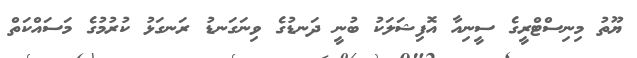
ޔޫތު މިނިސްޓްރީގެ ސީނިއާ އޮފިޝަލަކު ބުނީ ދަނޑުގެ ވިނަގަނޑު ރަނގަޅު ކުރުމުގެ މަސައްކަތް